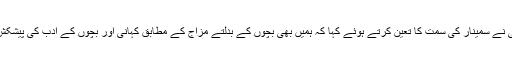
پروفیسر صدیقی نے سمینار کی سمت کا تعین کرتے ہوئے کہا کہ ہمیں بھی بچوں کے بدلتے مزاج کے مطابق کہانی اور بچوں کے ادب کی پیشکش کو بدلنا ہوگا ۔